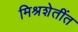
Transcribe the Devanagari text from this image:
मिश्रशेतींत